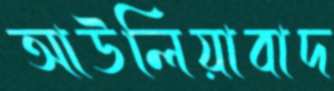
আউলিয়াবাদ